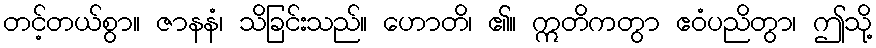
တင့်တယ်စွာ။ ဇာနနံ၊ သိခြင်းသည်။ ဟောတိ၊ ၏။ ဣတိကတွာ ဧဝံပညိတွာ၊ ဤသို့